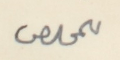
للمخلص